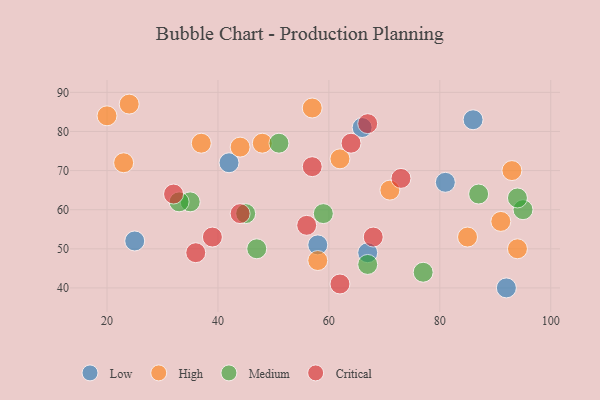
{"axis": {"x": "GDP", "y": "Life Expectancy"}, "legend": ["Critical", "High", "Low", "Medium"], "data": [{"x": "66", "y": 81, "type": "Low"}, {"x": "58", "y": 51, "type": "Low"}, {"x": "25", "y": 52, "type": "Low"}, {"x": "92", "y": 40, "type": "Low"}, {"x": "86", "y": 83, "type": "Low"}, {"x": "81", "y": 67, "type": "Low"}, {"x": "67", "y": 49, "type": "Low"}, {"x": "42", "y": 72, "type": "Low"}, {"x": "23", "y": 72, "type": "High"}, {"x": "48", "y": 77, "type": "High"}, {"x": "37", "y": 77, "type": "High"}, {"x": "91", "y": 57, "type": "High"}, {"x": "24", "y": 87, "type": "High"}, {"x": "58", "y": 47, "type": "High"}, {"x": "71", "y": 65, "type": "High"}, {"x": "57", "y": 86, "type": "High"}, {"x": "44", "y": 76, "type": "High"}, {"x": "20", "y": 84, "type": "High"}, {"x": "93", "y": 70, "type": "High"}, {"x": "62", "y": 73, "type": "High"}, {"x": "85", "y": 53, "type": "High"}, {"x": "94", "y": 50, "type": "High"}, {"x": "47", "y": 50, "type": "Medium"}, {"x": "95", "y": 60, "type": "Medium"}, {"x": "59", "y": 59, "type": "Medium"}, {"x": "51", "y": 77, "type": "Medium"}, {"x": "94", "y": 63, "type": "Medium"}, {"x": "35", "y": 62, "type": "Medium"}, {"x": "45", "y": 59, "type": "Medium"}, {"x": "67", "y": 46, "type": "Medium"}, {"x": "33", "y": 62, "type": "Medium"}, {"x": "77", "y": 44, "type": "Medium"}, {"x": "87", "y": 64, "type": "Medium"}, {"x": "67", "y": 82, "type": "Critical"}, {"x": "32", "y": 64, "type": "Critical"}, {"x": "68", "y": 53, "type": "Critical"}, {"x": "62", "y": 41, "type": "Critical"}, {"x": "44", "y": 59, "type": "Critical"}, {"x": "64", "y": 77, "type": "Critical"}, {"x": "39", "y": 53, "type": "Critical"}, {"x": "36", "y": 49, "type": "Critical"}, {"x": "56", "y": 56, "type": "Critical"}, {"x": "73", "y": 68, "type": "Critical"}, {"x": "57", "y": 71, "type": "Critical"}]}